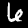
Label: 6